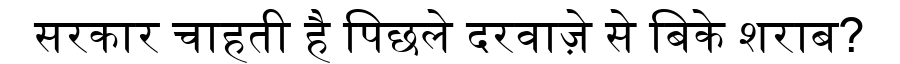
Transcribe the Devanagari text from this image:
सरकार चाहती है पिछले दरवाज़े से बिके शराब?